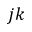
j k